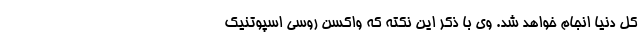
کل دنیا انجام خواهد شد. وی با ذکر این نکته که واکسن روسی اسپوتنیک